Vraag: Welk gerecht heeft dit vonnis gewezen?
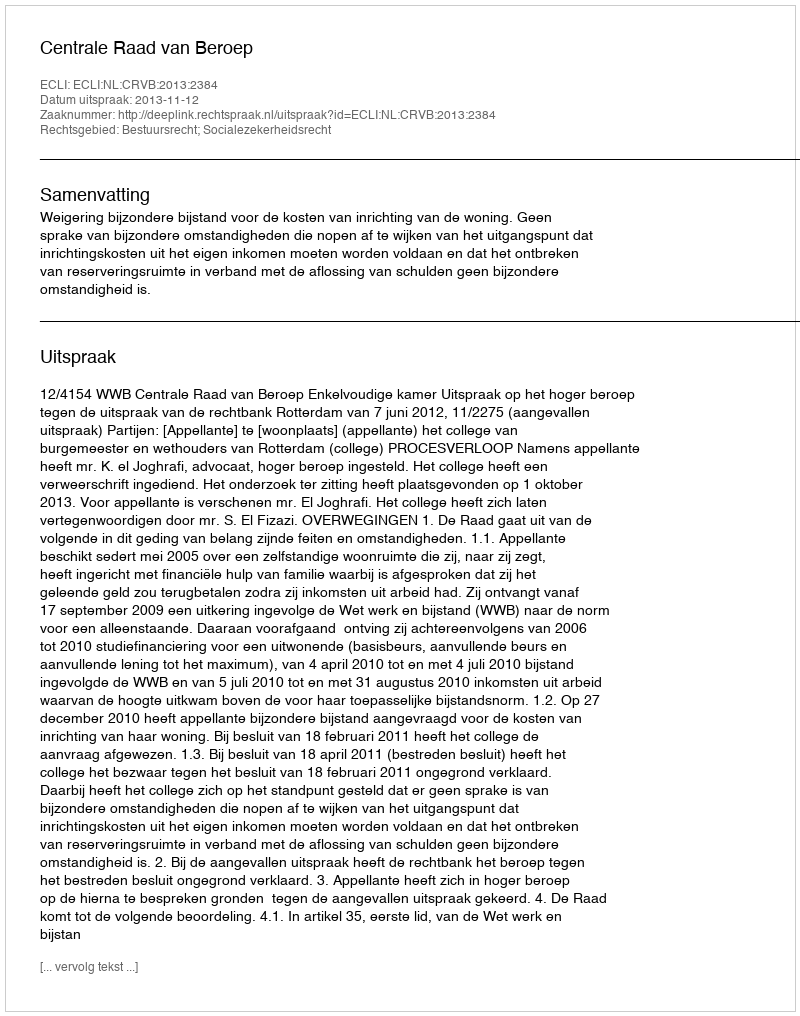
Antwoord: Centrale Raad van Beroep